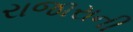
રાજારાની